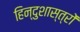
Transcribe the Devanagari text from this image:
हिन्दुशास्त्रों